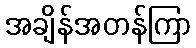
အချိန်အတန်ကြာ